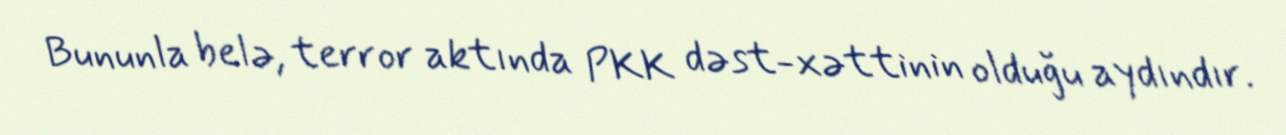
Bununla belə, terror aktında PKK dəst-xəttinin olduğu aydındır.